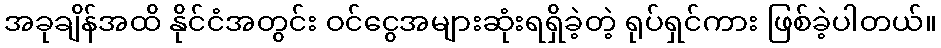
အခုချိန်အထိ နိုင်ငံအတွင်း ဝင်ငွေအများဆုံးရရှိခဲ့တဲ့ ရုပ်ရှင်ကား ဖြစ်ခဲ့ပါတယ်။